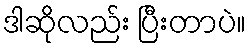
ဒါဆိုလည်း ပြီးတာပဲ။